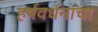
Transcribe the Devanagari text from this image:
हर्षवर्धनांचा